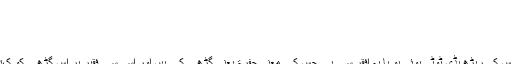
1 لغوی اعتبار سے
2 اصطلاحی معنی میں
3 فقیر کی قسمیں
لغوی اعتبار سے[ترمیم]
فقیر لغت عرب میں اس شخص کو کہتے ہیں جس کی ریڑھ ہڈی ٹوٹی ہوئی ہو یا یہ افقر سے ہے جس کے معنی حفرۃ یعنی گڑھے کے ہیں اور اسی سے فقیر ہر اس گڑھے کو کہتے ہیں جس میں بارش کا پانی جمع ہوجاتا ہے۔